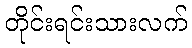
တိုင်းရင်းသားလက်